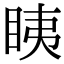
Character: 眱